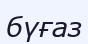
бүғаз